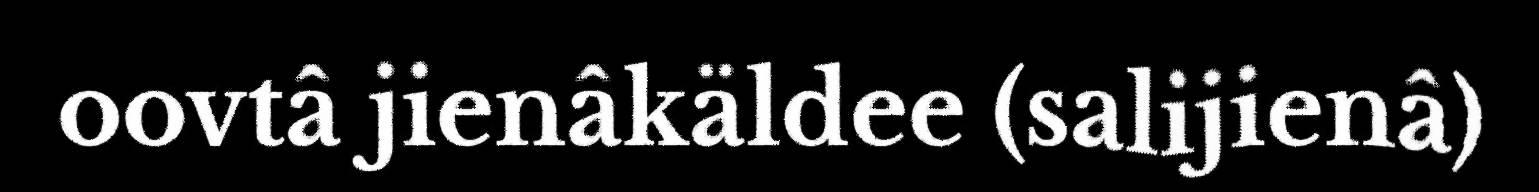
oovtâ jienâkäldee (salijienâ)